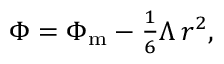
\begin{array} { r } { \Phi = \Phi _ { \mathrm { m } } - \frac { 1 } { 6 } \Lambda \, r ^ { 2 } , } \end{array}